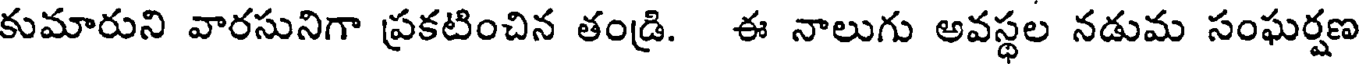
కుమారుని వారసునిగా ప్రకటించిన తండ్రి. ఈ నాలుగు అవస్థల నడుమ సంఘర్షణ